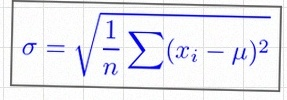
\sigma=\sqrt{\frac1n\sum(x_i-\mu)^2}